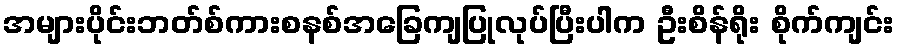
အများပိုင်းဘတ်စ်ကားစနစ်အခြေကျပြုလုပ်ပြီးပါက ဦးစိန်ရိုး စိုက်ကျင်း